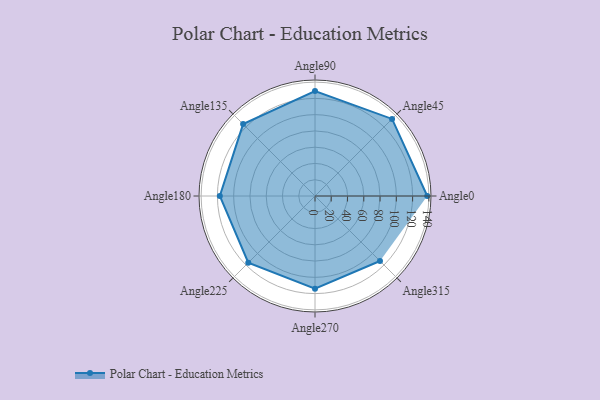
{"axis": {"x": "Angle", "y": "Radius"}, "legend": [""], "data": [{"x": "Angle0", "y": 138.0, "type": ""}, {"x": "Angle45", "y": 134.0, "type": ""}, {"x": "Angle90", "y": 129.0, "type": ""}, {"x": "Angle135", "y": 125.0, "type": ""}, {"x": "Angle180", "y": 117.0, "type": ""}, {"x": "Angle225", "y": 116.0, "type": ""}, {"x": "Angle270", "y": 114.0, "type": ""}, {"x": "Angle315", "y": 113.0, "type": ""}]}